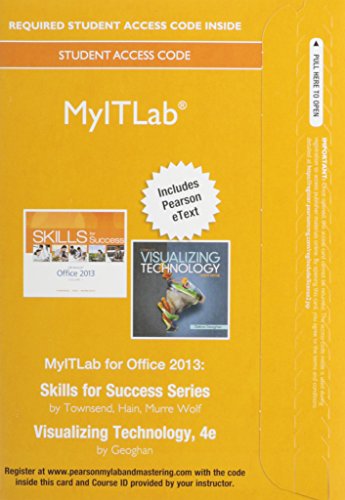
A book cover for MyITLab with Pearson eText --  Access Card -- for Skills with Visualizing Technology; Debra Geoghan; Computers & Technology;